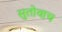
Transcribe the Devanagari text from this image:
सुतोवाच